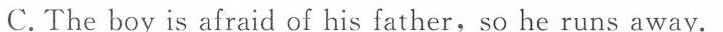
C.The boy is afraid of his father,so he runs away.